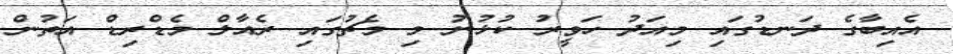
އެއިބާގެ ދަނޑުގައި މިއަދު ހަވީރު ކުޅުނު މި މެޗުގައި ރެއާލް މެޑްރިޑް އަތުން